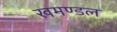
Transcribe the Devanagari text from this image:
खमण्डल